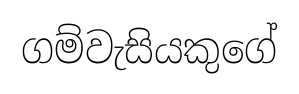
ගම්වැසියකුගේ